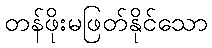
တန်ဖိုးမဖြတ်နိုင်သော